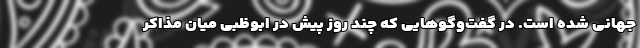
جهانی شده است. در گفت‌وگوهایی که چند روز پیش در ابوظبی میان مذاکر